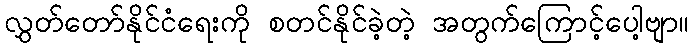
လွှတ်တော်နိုင်ငံရေးကို စတင်နိုင်ခဲ့တဲ့ အတွက်ကြောင့်ပေါ့ဗျာ။